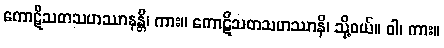
ကောဋိသတသဟဿာနန္တိ၊ ကား။ ကောဋိသတသဟဿာနိ၊ သို့ဝယ်။ ဝါ၊ ကား။